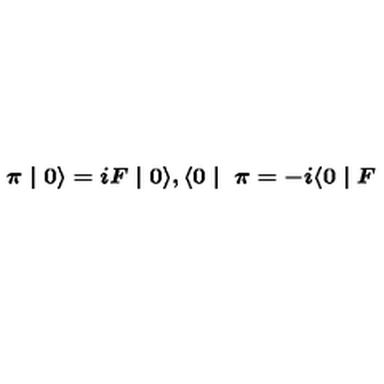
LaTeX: \textup { \boldmath \pi } \mid 0 \rangle = i F \mid 0 \rangle , \langle 0 \mid \textup { \boldmath \pi } = - i \langle 0 \mid F